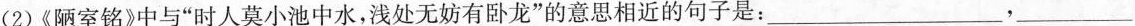
(2)《陋室铭》中与”时人莫小池中水，浅处无妨有卧龙”的意思相近的句子是：___，___